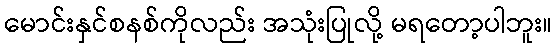
မောင်းနှင်စနစ်ကိုလည်း အသုံးပြုလို့ မရတော့ပါဘူး။